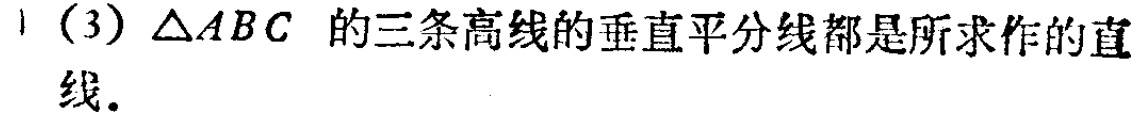
(3) \(\triangle ABC\) 的三条高线的垂直平分线都是所求作的直线.